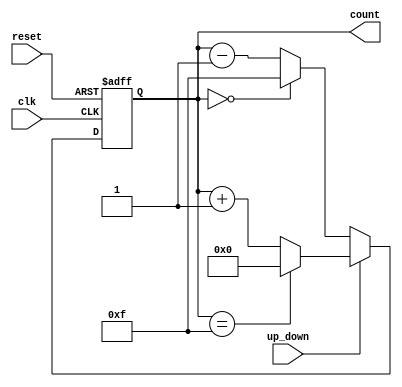
module up_down_counter (
    input wire clk,          // Clock input
    input wire up_down,      // Up/Down control signal
    input wire reset,        // Asynchronous reset signal
    output reg [3:0] count   // 4-bit count output (adjust width as needed)
);

    // Maximum count value (for 4 bits, max is 15)
    localparam MAX_COUNT = 4'b1111;

    // Asynchronous reset and counting logic
    always @(posedge clk or posedge reset) begin
        if (reset) begin
            count <= 4'b0000; // Reset count to 0
        end else begin
            if (up_down) begin
                // Count up
                if (count == MAX_COUNT) begin
                    count <= 4'b0000; // Wrap around to 0
                end else begin
                    count <= count + 1; // Increment count
                end
            end else begin
                // Count down
                if (count == 4'b0000) begin
                    count <= MAX_COUNT; // Wrap around to max count
                end else begin
                    count <= count - 1; // Decrement count
                end
            end
        end
    end

endmodule